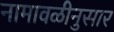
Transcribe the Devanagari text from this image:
नामावळीनुसार